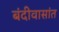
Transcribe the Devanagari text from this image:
बंदीवासांत